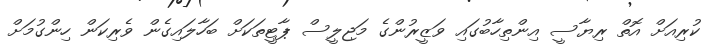
ކުރިއަށް އޮތް ރިޔާސީ އިންތިހާބުގައި ވަޒީރުންގެ މަޖިލީސް ޕާޓީތަކަށް ބަހާލައިގެން ވެރިކަން ހިންގުމަށް